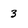
Character: 3